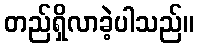
တည်ရှိလာခဲ့ပါသည်။